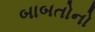
બાબતોનો